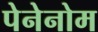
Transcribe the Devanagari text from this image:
पेनेनोम